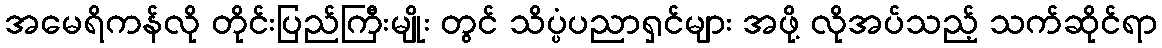
အမေရိကန်လို တိုင်းပြည်ကြီးမျိုး တွင် သိပ္ပံပညာရှင်များ အဖို့ လိုအပ်သည့် သက်ဆိုင်ရာ